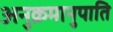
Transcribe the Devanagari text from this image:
अनुक्रमानुपाति